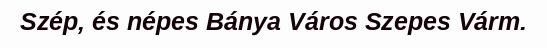
Szép, és népes Bánya Város Szepes Várm.